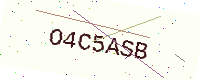
Text: O4C5ASB